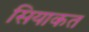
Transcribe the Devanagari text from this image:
सियाकत